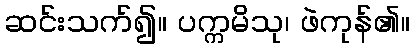
ဆင်းသက်၍။ ပက္ကမိသု၊ ဖဲကုန်၏။